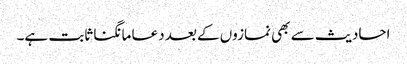
احادیث سے بھی نمازوں کے بعد دعا مانگنا ثابت ہے۔